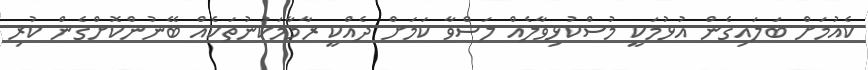
ކެއުމަށް ބަލައިގެން އުޅުމަކީ މުސްކުޅިވާލެއް ލަސްވާ ކަމަށް ދެއްކީ ރާމާމަކުނުތަކެއް ބޭނުންކޮށްގެން ކުރި